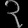
Digit: ၃